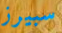
سبيرز